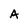
Character: A